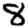
Digit: 8